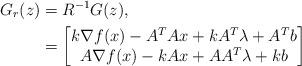
LaTeX: \begin{align*}G_r(z) &= R^{-1}G(z),\\&=\begin{bmatrix}k\nabla f(x)-A^TAx+kA^T\lambda+A^Tb\\A\nabla f(x)-kAx+AA^T\lambda+kb\end{bmatrix}\end{align*}